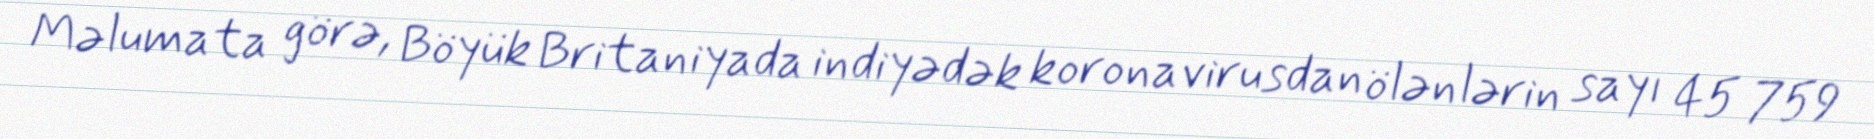
Məlumata görə, Böyük Britaniyada indiyədək koronavirusdan ölənlərin sayı 45 759